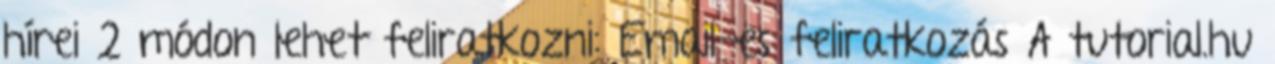
hírei 2 módon lehet feliratkozni: Email-es feliratkozás A tutorial.hu